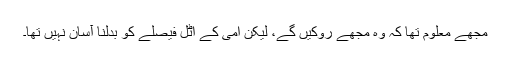
مجھے معلوم تھا کہ وہ مجھے روکیں گے، لیکن امی کے اٹل فیصلے کو بدلنا آسان نہیں تھا۔